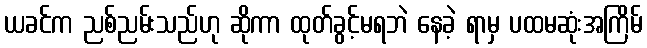
ယခင်က ညစ်ညမ်းသည်ဟု ဆိုကာ ထုတ်ခွင့်မရဘဲ နေခဲ့ ရာမှ ပထမဆုံးအကြိမ်